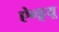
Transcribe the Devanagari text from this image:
ऐन्ड्र्यू